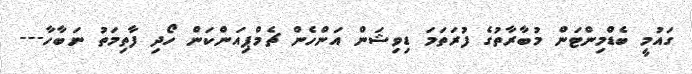
ގައުމީ ބެޑްމިންޓަން މުބާރާތުގެ ފުރަތަމަ ޑިވިޝަން އަންހެން ޗެމްޕިއަންކަން ހޯދި ފާތިމަތު ނަބާހާ---